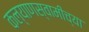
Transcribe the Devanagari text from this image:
कल्याणस्वामींच्या